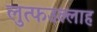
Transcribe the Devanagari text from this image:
लुत्फउल्लाह